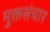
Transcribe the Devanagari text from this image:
मुक्तसंचार